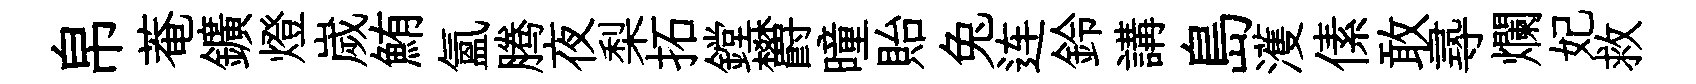
帛菴鑛燈嵗鮪氲腾夜梨拓鏜欝曈貽兔连鈴講島濩傃敢𡬶爛妃救